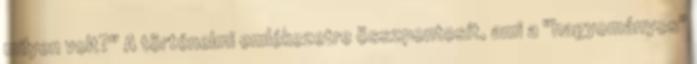
milyen volt?" A történelmi emlékezetre összpontosít, ami a "hagyományos"